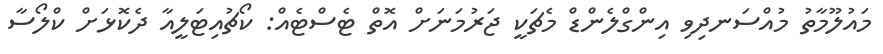
މައުލޫމާތު މުއްސަނދިވި އިންގްލެންޑް މެޗަކީ ޖަރުމަނަށް އޮތް ޓެސްޓެއް: ކޯޗުއިޓަލީއާ ދެކޮޅަށް ކްލޯސާ